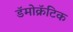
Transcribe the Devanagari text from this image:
डॅमोक्रॅटिक